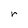
Character: r